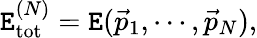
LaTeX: \mathtt{E}_{\mathrm{{tot}}}^{(N)}=\mathtt{E}(\vec{{p}}_{1},\cdots,\vec{{p}}_{N}),